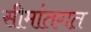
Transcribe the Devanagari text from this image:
सीमांतगत